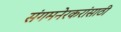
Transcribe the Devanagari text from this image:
संगमनेरकरांसाठी